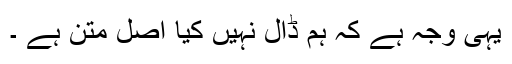
یہی وجہ ہے کہ ہم ڈال نہیں کیا اصل متن ہے ۔